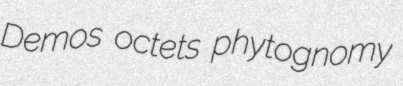
Demos octets phytognomy